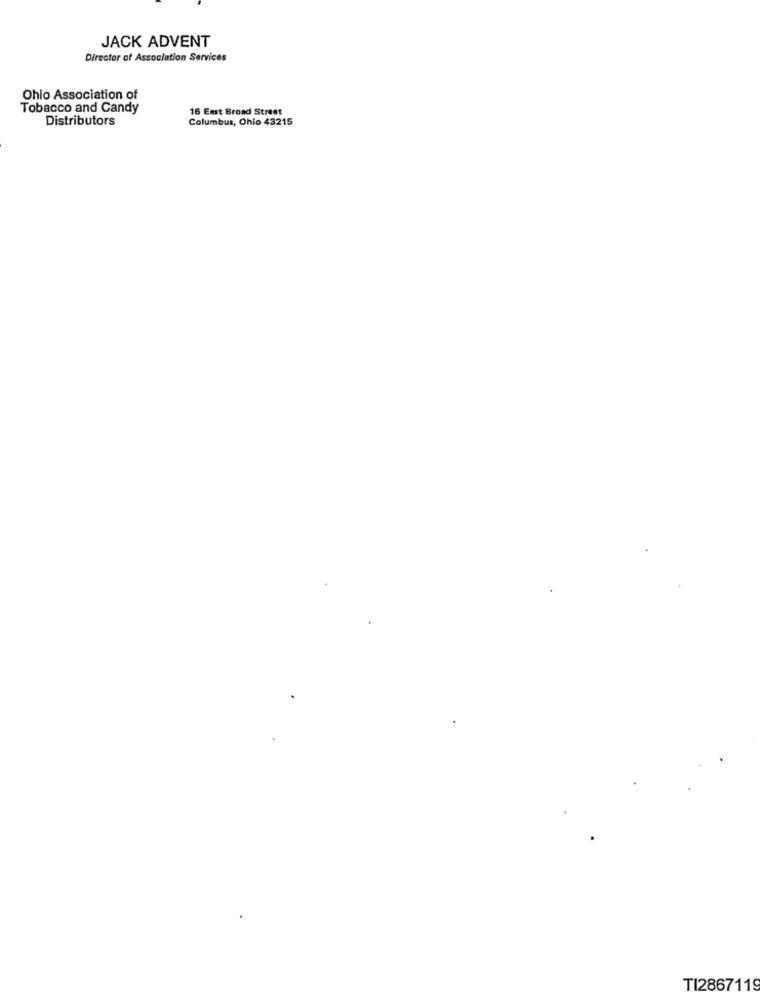
JACK ADVENT
Director of Association Services
Ohio Association of
Tobacco and Candy
16 East Broad Street
Distributors
Columbus, Ohio 43215
TI2867119